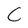
Character: C